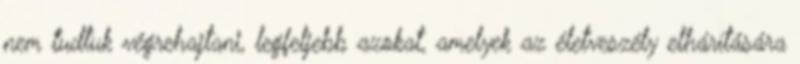
nem tudtuk végrehajtani, legfeljebb azokat, amelyek az életveszély elhárítására